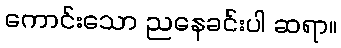
ကောင်းသော ညနေခင်းပါ ဆရာ။